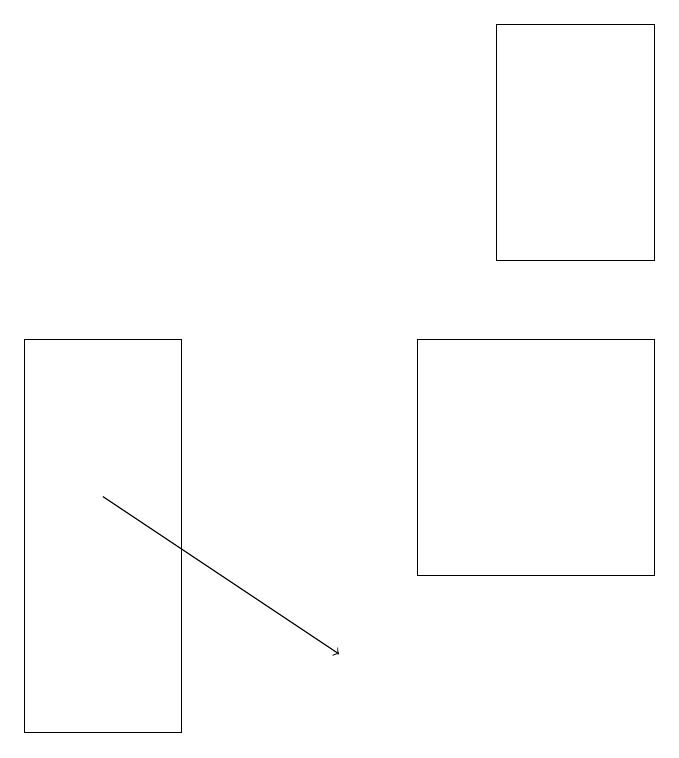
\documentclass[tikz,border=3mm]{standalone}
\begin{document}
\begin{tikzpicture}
\draw (9,16) rectangle (7,19);
\draw (1,10) rectangle (3,15);
\draw[->] (2,13) -- (5,11);
\draw (6,15) rectangle (9,12);
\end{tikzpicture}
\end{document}